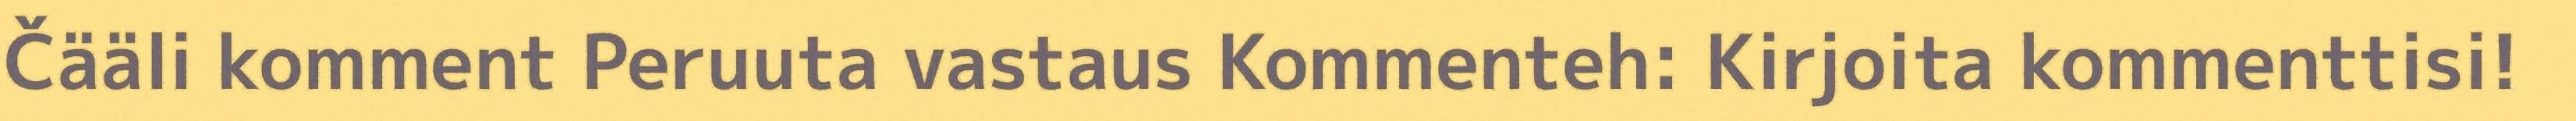
Čääli komment Peruuta vastaus Kommenteh: Kirjoita kommenttisi!